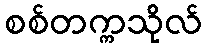
စစ်တက္ကသိုလ်